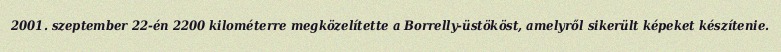
2001. szeptember 22-én 2200 kilométerre megközelítette a Borrelly-üstököst, amelyről sikerült képeket készítenie.